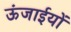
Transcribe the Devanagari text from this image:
ऊंजाईयों